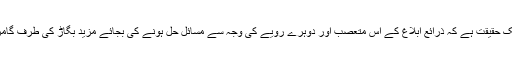
یہ بھی ایک حقیقت ہے کہ ذرائع ابلاغ کے اس متعصب اور دوہرے رویے کی وجہ سے مسائل حل ہونے کی بجائے مزید بگاڑ کی طرف گامزن ہوئے۔